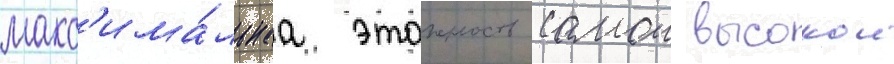
макс'има́льнаа этажность самои высокои